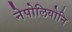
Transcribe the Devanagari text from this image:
नेपोलियोनि